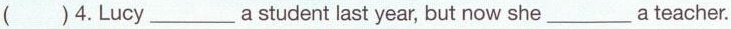
( )4.Lucy___astudent last year, but now she___a teacher.